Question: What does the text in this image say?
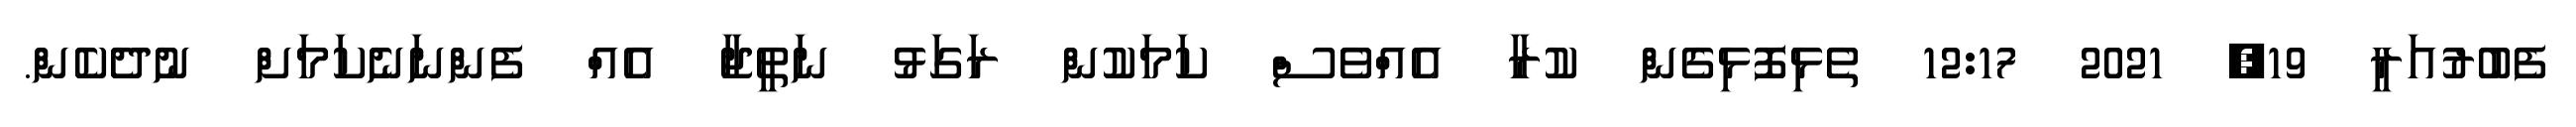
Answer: ފެބުރުއަރީ 19, 2021 12:17 ތެޅިފޮޅިގެން ކުރާ އެއްވެސް ކަމަކުން ރަގަޅު ނަތީޖާ އެއް ފެންނަނެކަމަށް ނުދެކެން.